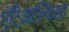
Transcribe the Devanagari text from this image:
एंटिआल्किडस